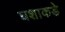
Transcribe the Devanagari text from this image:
घशाकडे